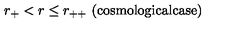
r _ { + } < r \leq r _ { + + } \ \mathrm { ( c o s m o l o g i c a l c a s e ) }